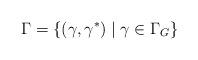
LaTeX: \begin{align*}\Gamma = \{(\gamma, \gamma^*)\mid \gamma \in \Gamma_G\}\end{align*}